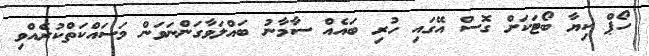
ހޯޕް ކިޔާ ބޯޓަކަށް ގޮސް އޭގައި ހުރި ބައެއް ސާމާނު ބައްލަވާގަންނަވަން މަސައްކަތްކުރެއްވި